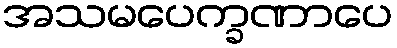
အသမပေက္ခဏာပေ